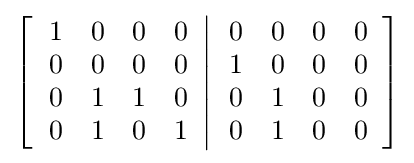
\left[\left.{\begin{array}{cccc}1&0&0&0\\0&0&0&0\\0&1&1&0\\0&1&0&1\end{array}}\right\vert {\begin{array}{cccc}0&0&0&0\\1&0&0&0\\0&1&0&0\\0&1&0&0\end{array}}\right]